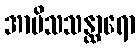
အာမိသသန္ထာရော